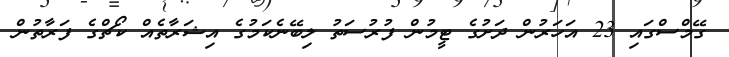
ގޭމްސްގައި 23 އަހަރުން ދަށުގެ ޓީމުން ފުރުސަތު ލިބޭނެކަމުގެ އިޝަރާތެއް ކޯޗްގެ ފަރާތުން